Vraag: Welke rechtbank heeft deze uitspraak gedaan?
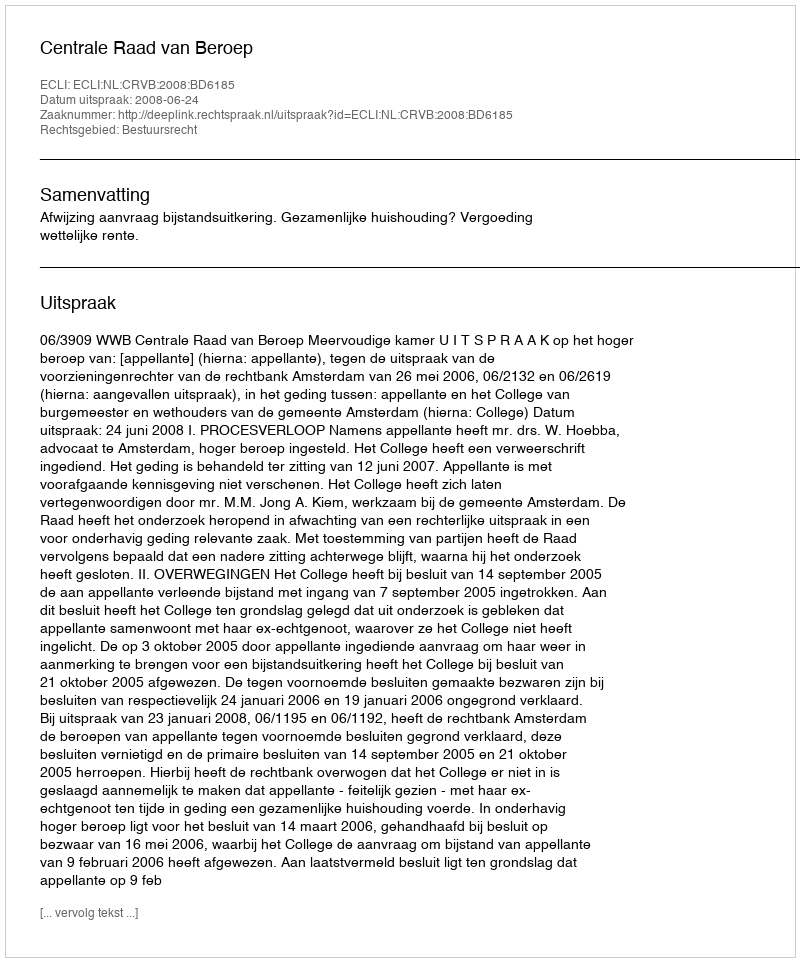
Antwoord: Centrale Raad van Beroep